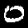
Label: 0